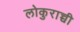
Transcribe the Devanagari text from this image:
लोकुराच्ची